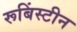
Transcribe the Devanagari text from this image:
रूबिंस्टीन